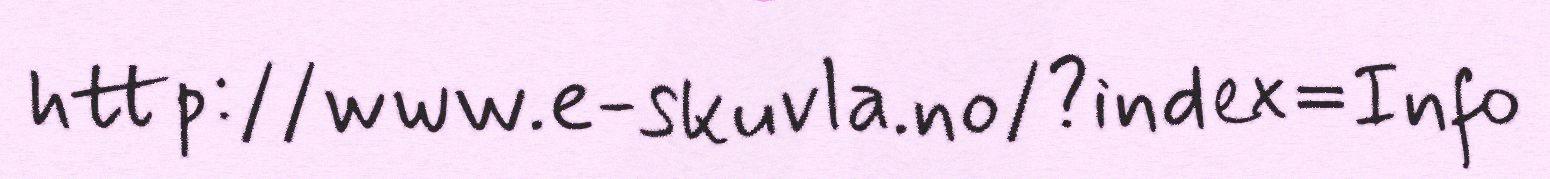
http://www.e-skuvla.no/?index=Info